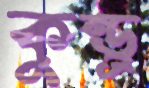
কুন্ড্র